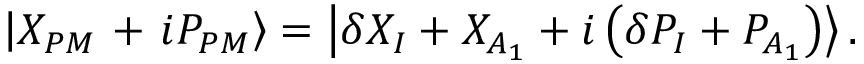
\left| { { X _ { P M } } } \mathrm { ~ + ~ } i { { P _ { P M } } } \right\rangle = \left| \delta { { X } _ { I } } + X _ { A _ { 1 } } + i \left( \delta { { P } _ { I } } + P _ { A _ { 1 } } \right) \right\rangle .